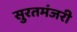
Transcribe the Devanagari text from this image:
सुरतमंजरी